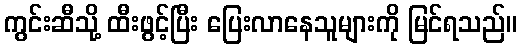
ကွင်းဆီသို့ ထီးဖွင့်ပြီး ပြေးလာနေသူများကို မြင်ရသည်။